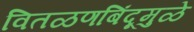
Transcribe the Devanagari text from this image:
वितळणबिंदूमुळे